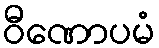
ဝီဏောပမံ